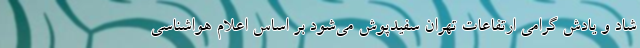
شاد و یادش گرامی ارتفاعات تهران سفیدپوش می‌شود بر اساس اعلام هواشناسی